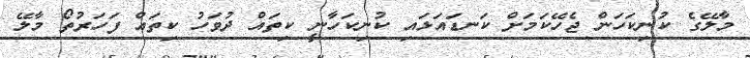
މާލޭގެ ކުނިކަހަން ޖެހޭކަމަށް ކަނޑައަޅައި ކުނިކަހާނީ ކިތައް ދުވަހު ކިތައް ފަހަރުތޯ މާލޭ